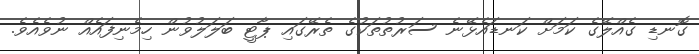
ގޮނޑި ގެއްލޭގެ ކަމަށް ކަނޑައެޅޭނެ ސަރުތުތަކުގެ ތެރޭގައި ޕާޓީ ބަލަލުވުން ހިމެނިފައެެއްް ނުވެއެވެ.